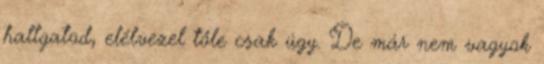
hallgatod, elélvezel tőle csak úgy. De már nem vagyok